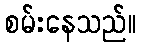
စမ်းနေသည်။